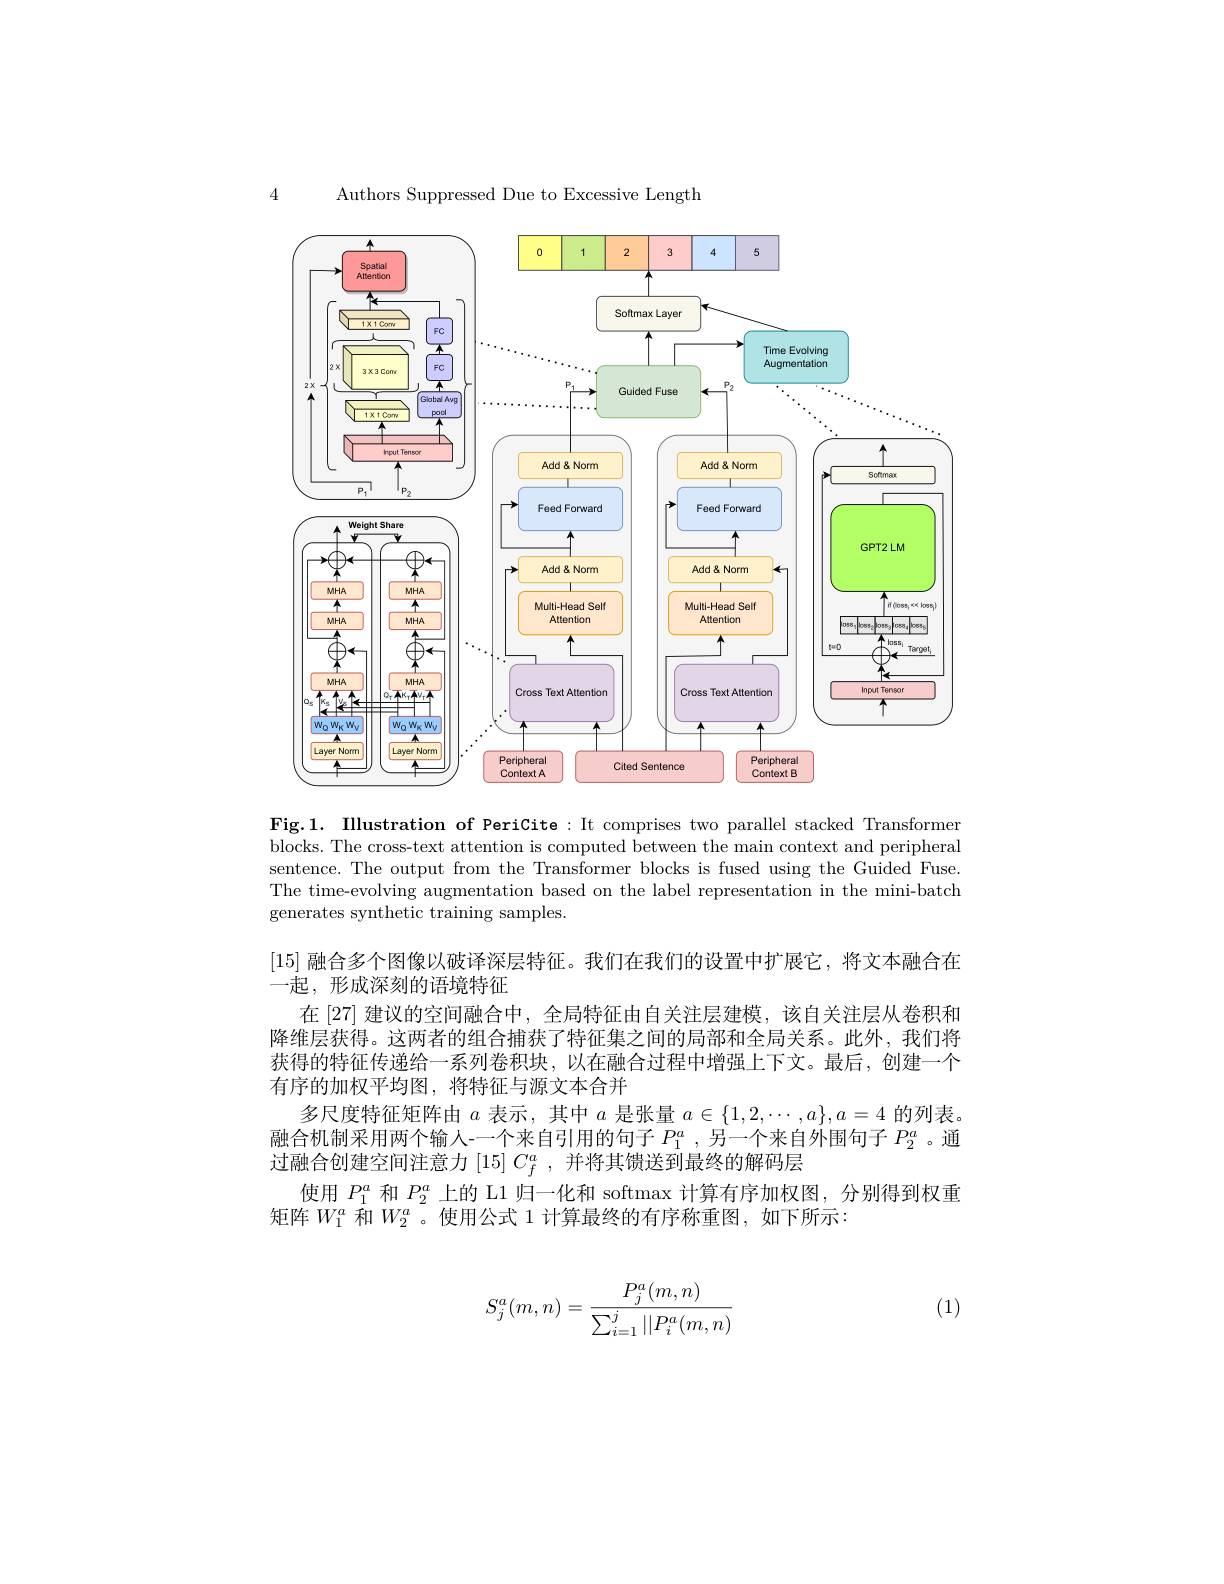
Authors Suppressed Due to Excessive Length

4

<FigureHere>

Fig.1. Illustration of PeriCite: It comprises two parallel stacked Transformer blocks. The cross-text attention is computed between the main context and peripheral sentence. The output from the Transformer blocks is fused using the Guided Fuse. The time-evolving augmentation based on the label representation in the mini-batch generates synthetic training samples.

$\left[15\right]$融合多个图像以破译深层特征。我们在我们的设置中扩展它，将文本融合在
一起，形成深刻的语境特征
在 [27] 建议的空间融合中，全局特征由自关注层建模，该自关注层从卷积和降维层获得。这两者的组合捕获了特征集之间的局部和全局关系。此外，我们将获得的特征传递给一系列卷积块，以在融合过程中增强上下文。最后，创建一个有序的加权平均图，将特征与源文本合并
多尺度特征矩阵由$a$表示，其中$a$是张量$a\in\{1,2,\cdots,a\},a=4$的列表。融合机制采用两个输人-一个来自引用的句子$P_1^a,\dot{\text{另一个来自外围句子 }P_2^a}$。通过融合创建空间注意力$[15]C_f^a$,并将其馈送到最终的解码层
使用$P_1^a$和$P_2^a$上的 L1 归一化和 softmax 计算有序加权图，分别得到权重
矩阵$W_1^a$和$W_2^a$。使用公式 1 计算最终的有序称重图，如下所示：

(1)
$$S_j^a(m,n)=\frac{P_j^a(m,n)}{\sum_{i=1}^j||P_i^a(m,n)}$$